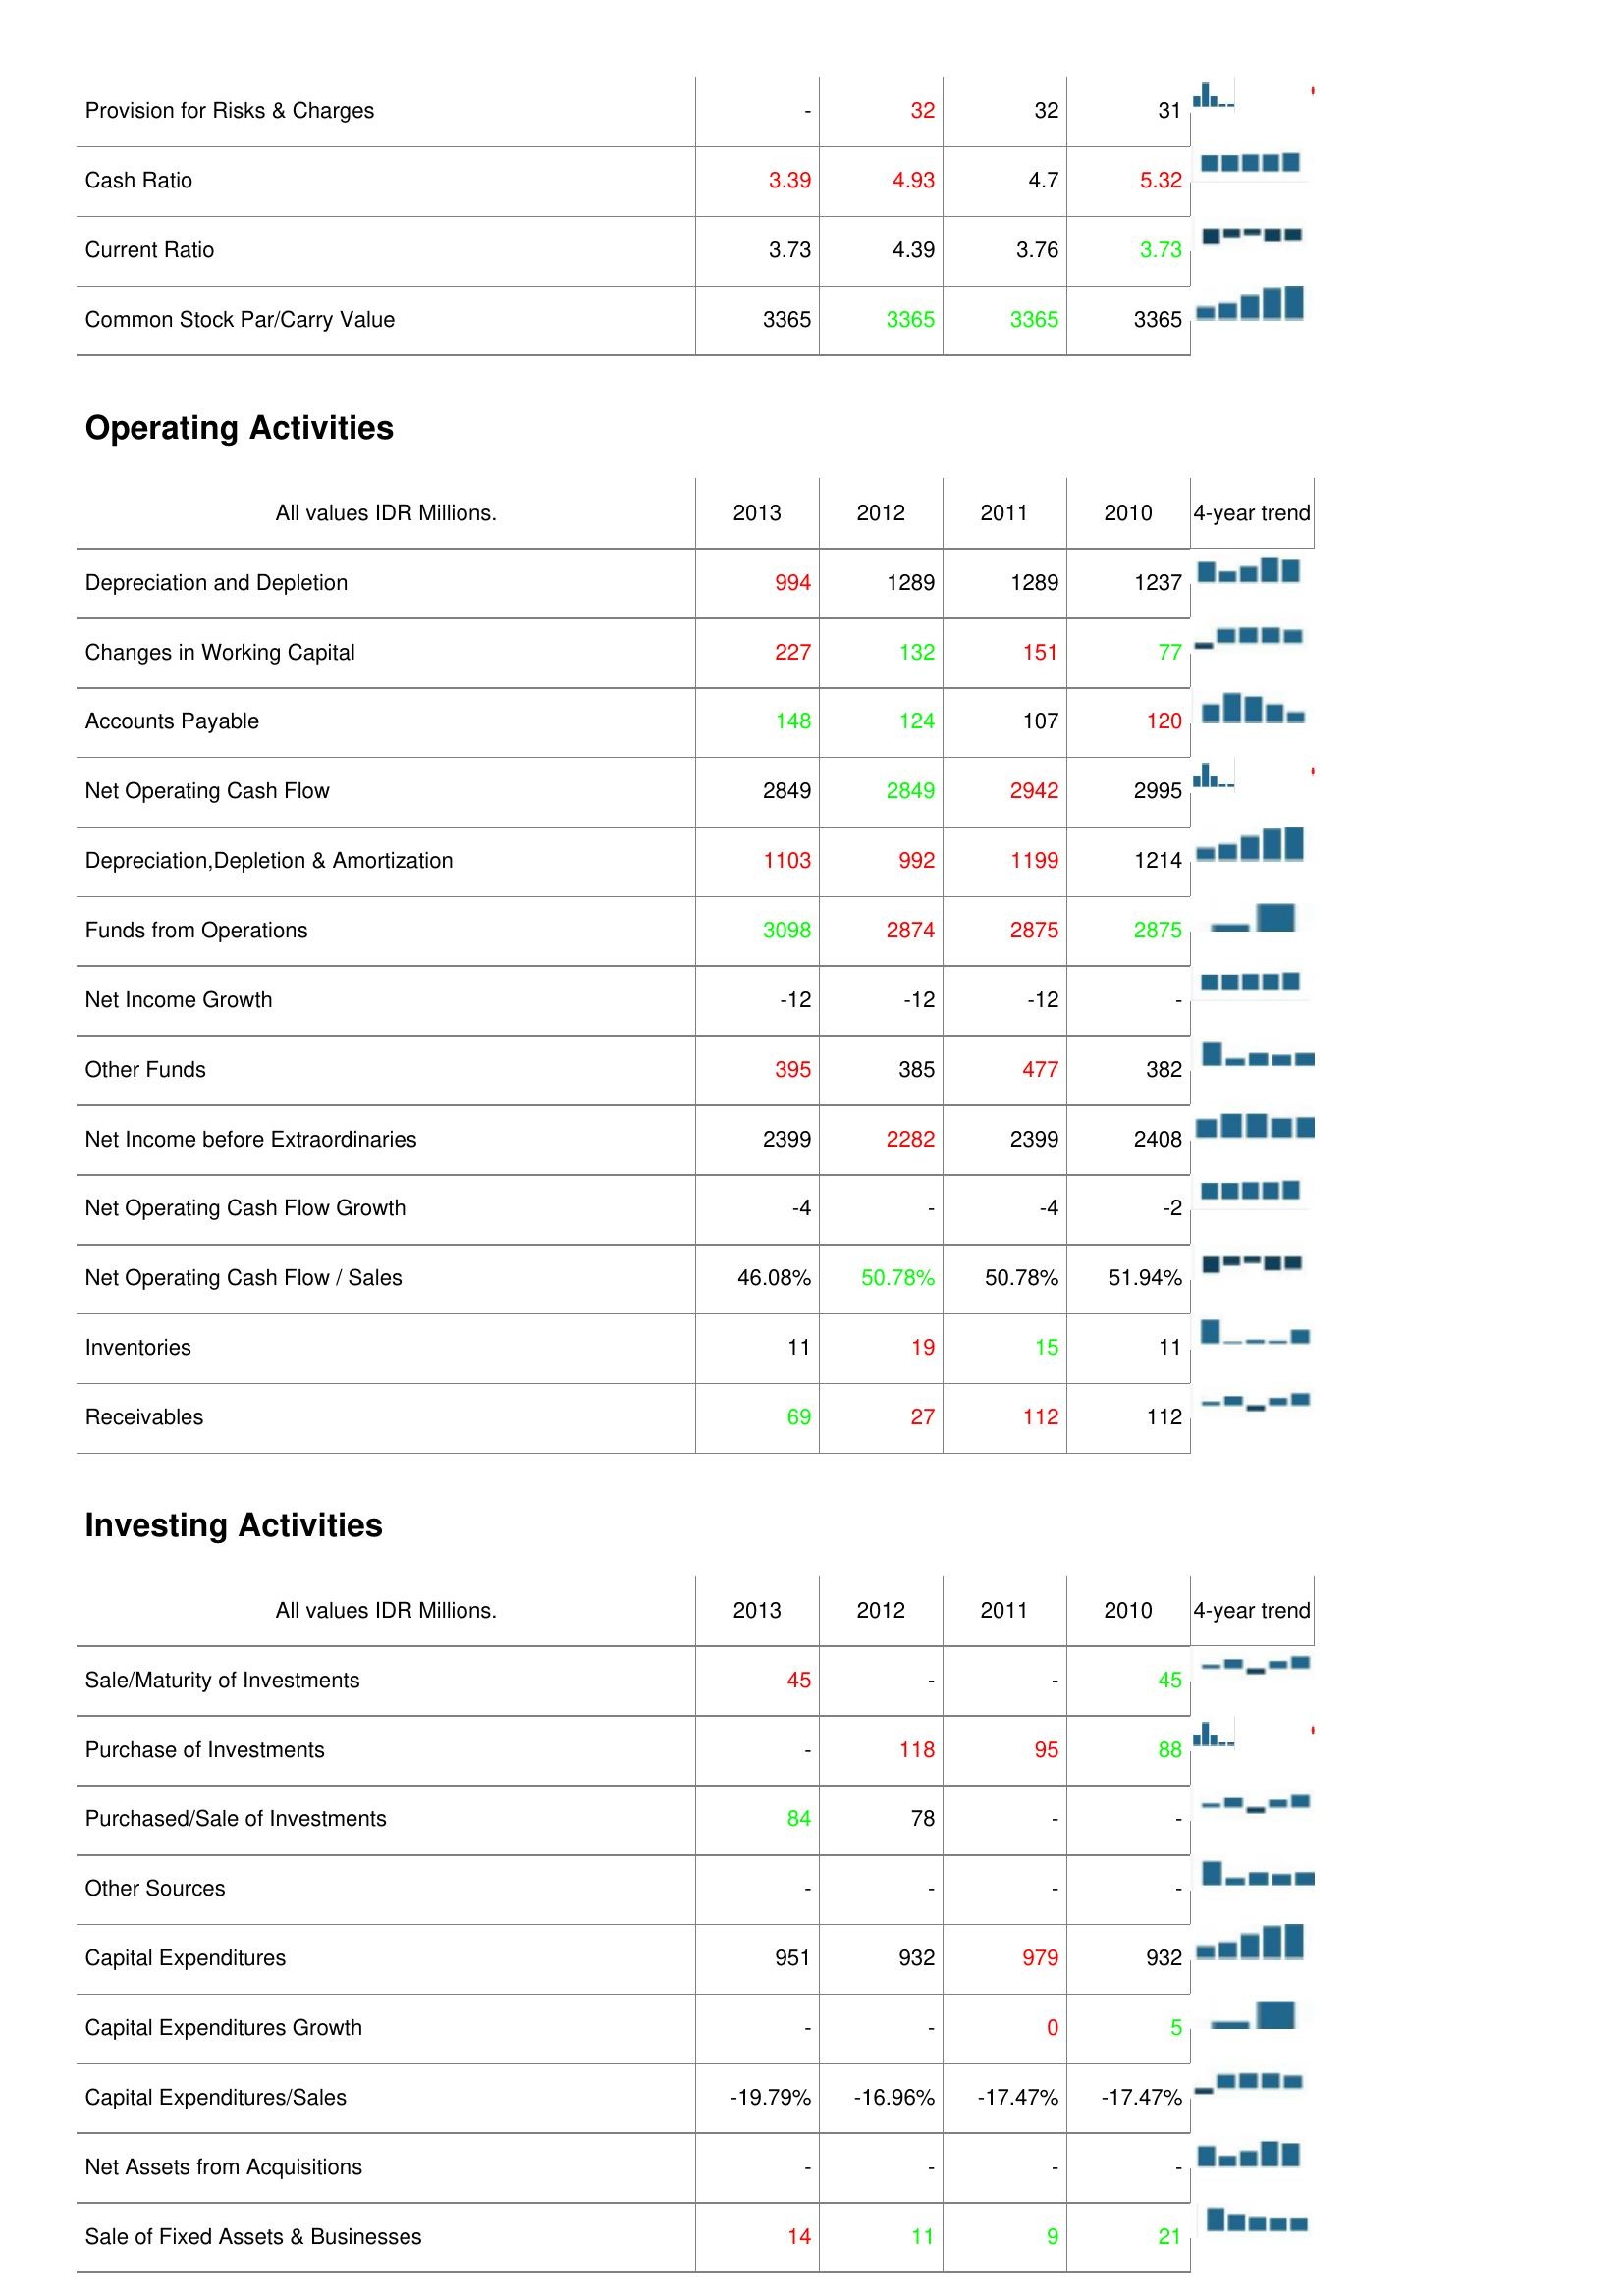
2013: Liabilities & Shareholder's Equity: Provision for Risks & Charges: -
Cash Ratio: 3.39
Current Ratio: 3.73
Common Stock Par/Carry Value: 3365
Operating Activities: Depreciation and Depletion: 994
Changes in Working Capital: 227
Accounts Payable: 148
Net Operating Cash Flow: 2849
Depreciation,Depletion & Amortization: 1103
Funds from Operations: 3098
Net Income Growth: -12
Other Funds: 395
Net Income before Extraordinaries: 2399
Net Operating Cash Flow Growth: -4
Net Operating Cash Flow / Sales: 46.08%
Inventories: 11
Receivables: 69
Investing Activities: Sale/Maturity of Investments: 45
Purchase of Investments: -
Purchased/Sale of Investments: 84
Other Sources: -
Capital Expenditures: 951
Capital Expenditures Growth: -
Capital Expenditures/Sales: -19.79%
Net Assets from Acquisitions: -
Sale of Fixed Assets & Businesses: 14
2012: Liabilities & Shareholder's Equity: Provision for Risks & Charges: 32
Cash Ratio: 4.93
Current Ratio: 4.39
Common Stock Par/Carry Value: 3365
Operating Activities: Depreciation and Depletion: 1289
Changes in Working Capital: 132
Accounts Payable: 124
Net Operating Cash Flow: 2849
Depreciation,Depletion & Amortization: 992
Funds from Operations: 2874
Net Income Growth: -12
Other Funds: 385
Net Income before Extraordinaries: 2282
Net Operating Cash Flow Growth: -
Net Operating Cash Flow / Sales: 50.78%
Inventories: 19
Receivables: 27
Investing Activities: Sale/Maturity of Investments: -
Purchase of Investments: 118
Purchased/Sale of Investments: 78
Other Sources: -
Capital Expenditures: 932
Capital Expenditures Growth: -
Capital Expenditures/Sales: -16.96%
Net Assets from Acquisitions: -
Sale of Fixed Assets & Businesses: 11
2011: Liabilities & Shareholder's Equity: Provision for Risks & Charges: 32
Cash Ratio: 4.7
Current Ratio: 3.76
Common Stock Par/Carry Value: 3365
Operating Activities: Depreciation and Depletion: 1289
Changes in Working Capital: 151
Accounts Payable: 107
Net Operating Cash Flow: 2942
Depreciation,Depletion & Amortization: 1199
Funds from Operations: 2875
Net Income Growth: -12
Other Funds: 477
Net Income before Extraordinaries: 2399
Net Operating Cash Flow Growth: -4
Net Operating Cash Flow / Sales: 50.78%
Inventories: 15
Receivables: 112
Investing Activities: Sale/Maturity of Investments: -
Purchase of Investments: 95
Purchased/Sale of Investments: -
Other Sources: -
Capital Expenditures: 979
Capital Expenditures Growth: 0
Capital Expenditures/Sales: -17.47%
Net Assets from Acquisitions: -
Sale of Fixed Assets & Businesses: 9
2010: Liabilities & Shareholder's Equity: Provision for Risks & Charges: 31
Cash Ratio: 5.32
Current Ratio: 3.73
Common Stock Par/Carry Value: 3365
Operating Activities: Depreciation and Depletion: 1237
Changes in Working Capital: 77
Accounts Payable: 120
Net Operating Cash Flow: 2995
Depreciation,Depletion & Amortization: 1214
Funds from Operations: 2875
Net Income Growth: -
Other Funds: 382
Net Income before Extraordinaries: 2408
Net Operating Cash Flow Growth: -2
Net Operating Cash Flow / Sales: 51.94%
Inventories: 11
Receivables: 112
Investing Activities: Sale/Maturity of Investments: 45
Purchase of Investments: 88
Purchased/Sale of Investments: -
Other Sources: -
Capital Expenditures: 932
Capital Expenditures Growth: 5
Capital Expenditures/Sales: -17.47%
Net Assets from Acquisitions: -
Sale of Fixed Assets & Businesses: 21